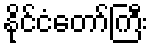
နိုင်ငံတော်ကြီး